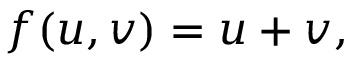
f ( u , v ) = u + v ,